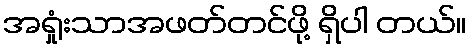
အရှုံးသာအဖတ်တင်ဖို့ ရှိပါ တယ်။